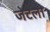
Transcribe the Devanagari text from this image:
जेटला